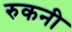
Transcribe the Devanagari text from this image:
रुकनी